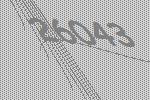
26043